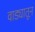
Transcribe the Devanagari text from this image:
वाड्यातून